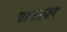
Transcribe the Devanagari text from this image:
पाश्कल